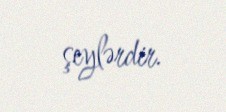
şeylərdir.